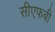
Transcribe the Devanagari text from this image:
सीएफबी